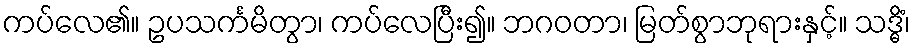
ကပ်လေ၏။ ဥပသင်္ကမိတွာ၊ ကပ်လေပြီး၍။ ဘဂဝတာ၊ မြတ်စွာဘုရားနှင့်။ သဒ္ဓိံ၊